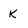
Character: k